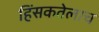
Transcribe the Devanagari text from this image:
हिंसकतेलाच